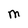
Character: M